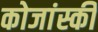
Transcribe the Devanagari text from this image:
कोजांस्की